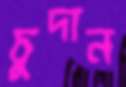
চুদান